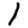
Digit: 1